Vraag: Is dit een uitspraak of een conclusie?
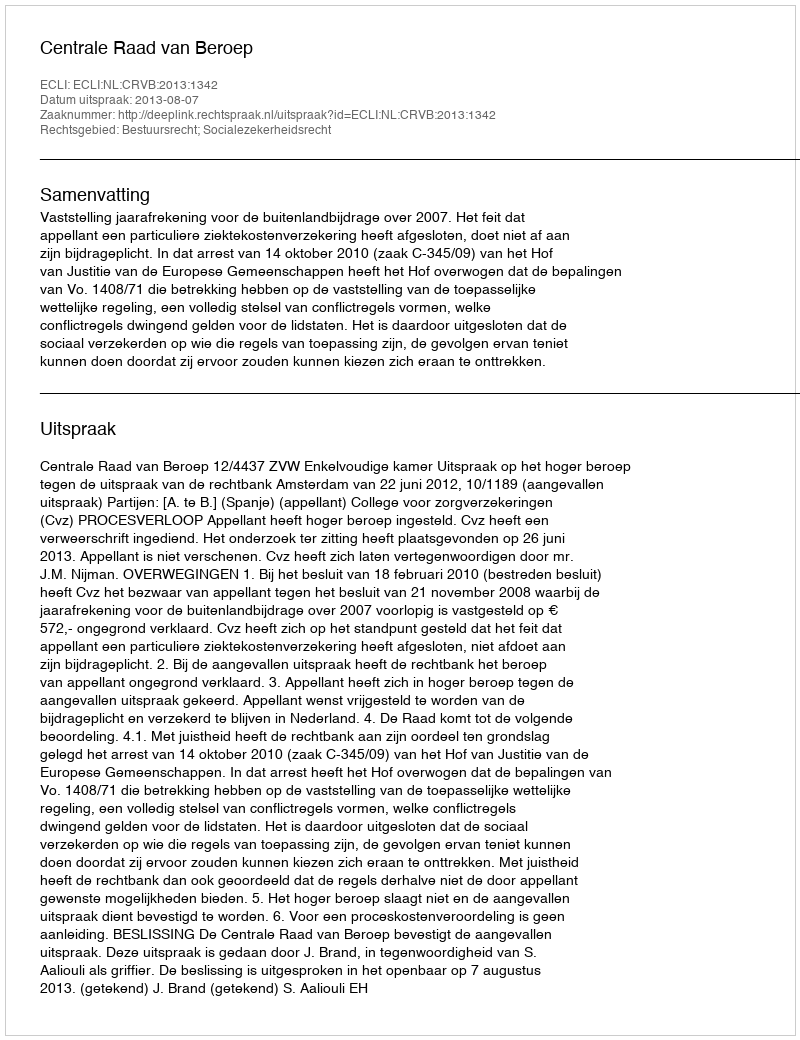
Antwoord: Uitspraak